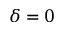
\delta = 0